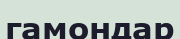
гамондар